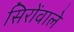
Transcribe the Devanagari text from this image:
सिरोंवाले